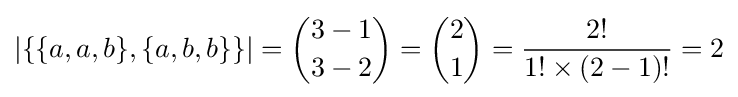
\left\vert \{\{a,a,b\},\{a,b,b\}\}\right\vert ={\binom {3-1}{3-2}}={\binom {2}{1}}={\frac {2!}{1!\times (2-1)!}}=2